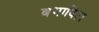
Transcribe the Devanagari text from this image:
बभाविता